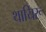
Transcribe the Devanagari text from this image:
थायिरू